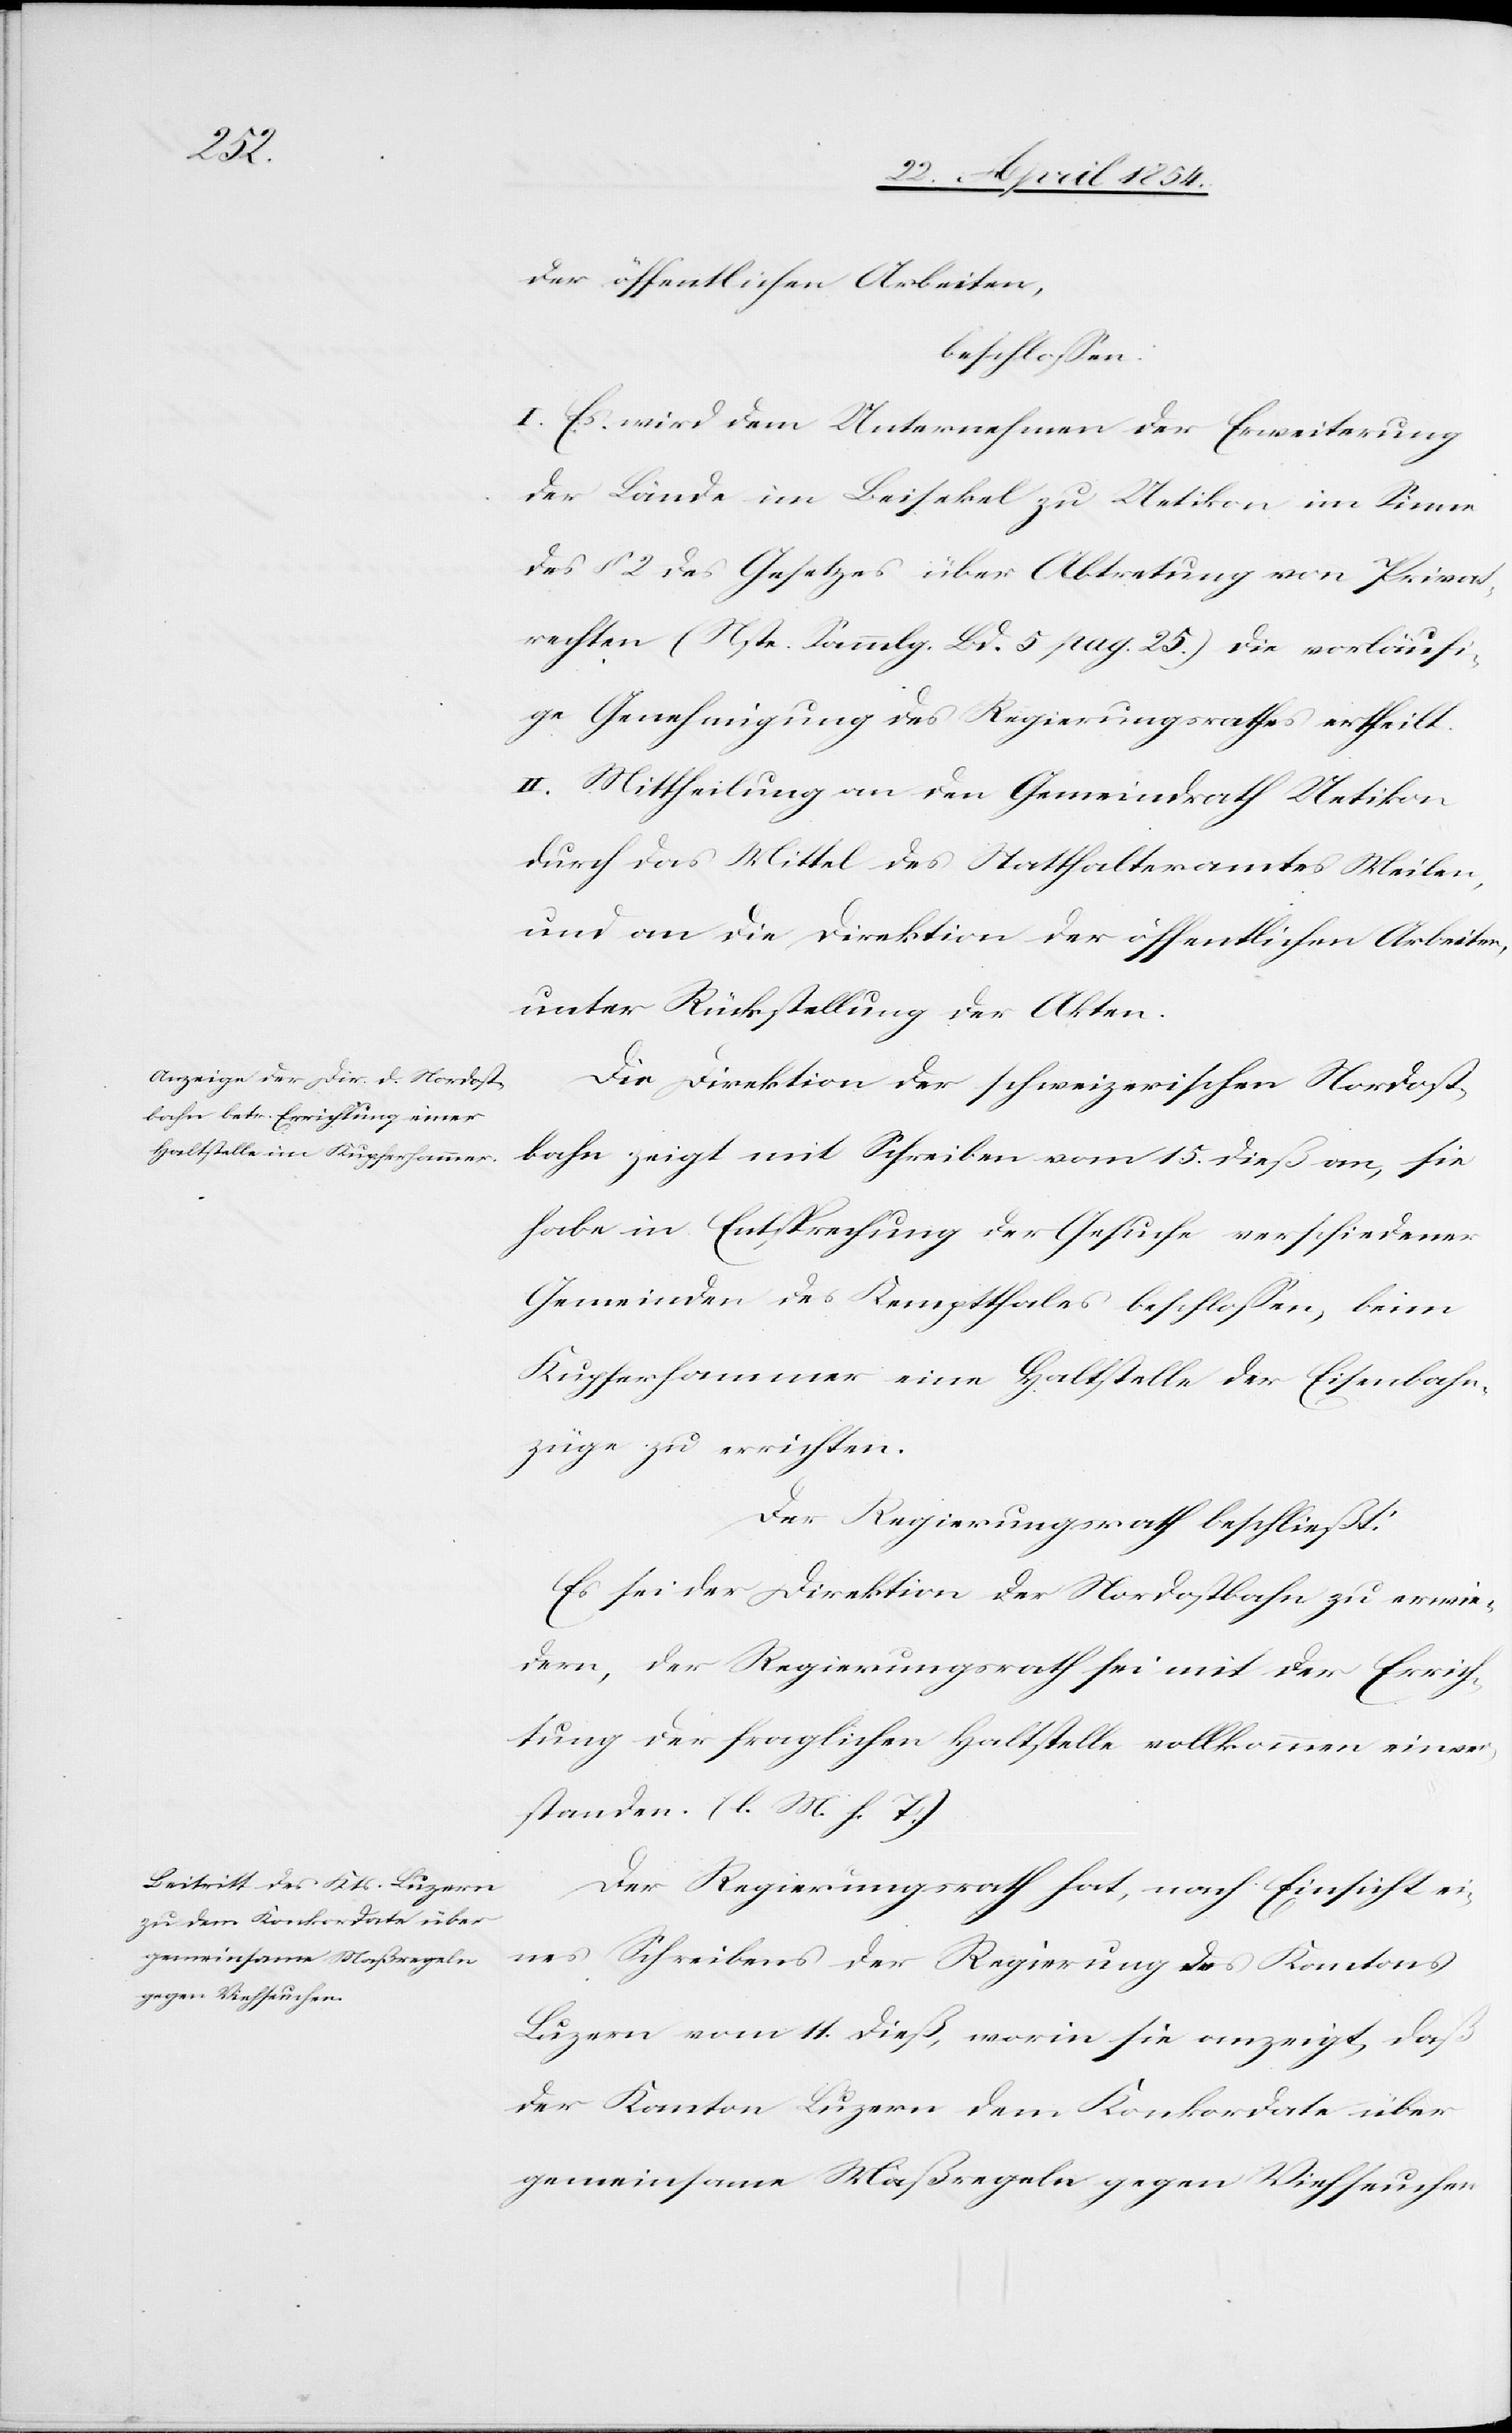
der öffentlichen Arbeiten,
beschloßen:
I. Es wird dem Unternehmen der Erweiterung
der Lände im Beisekel zu Uetikon im Sinne
des § 2 des Gesetzes über Abtretung von Privat¬
rechten (Nste. Sammlg. Bd. 5 pag. 25.) die vorläufi¬
ge Genehmigung des Regierungsrathes ertheilt.
II. Mittheilung an den Gemeindrath Uetikon
durch das Mittel des Statthalteramtes Meilen,
und an die Direktion der öffentlichen Arbeiten,
unter Rückstellung der Akten.
Die Direktion der schweizerischen Nordost¬
bahn zeigt mit Schreiben vom 15. dieß an, sie
habe in Entsprechung der Gesuche verschiedener
Gemeinden des Kemptthales beschloßen, beim
Kupferhammer eine Haltstelle der Eisenbahn¬
züge zu errichten.
Der Regierungsrath beschließt:
Es sei der Direktion der Nordostbahn zu erwie¬
dern, der Regierungsrath sei mit der Errich¬
tung der fraglichen Haltstelle vollkommen einver¬
standen. (l. M. h. T.)
Der Regierungsrath hat, nach Einsicht ei¬
nes Schreibens der Regierung des Kantons
Luzern vom 11. dieß, worin sie anzeigt, daß
der Kanton Luzern dem Konkordate über
gemeinsame Maßregeln gegen Viehseuchen